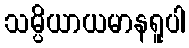
သမ္ပိယာယမာနရူပါ